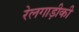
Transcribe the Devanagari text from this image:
रेलगाड़ीकी